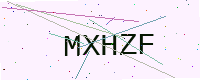
Text: MXHZF